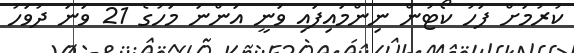
ކުރުމަށް ފަހު ކޯޓުން ނިންމައިފައި ވަނީ އަންނަ މަހުގެ 21 ވަނަ ދުވަހު